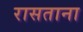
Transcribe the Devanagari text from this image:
रासताना